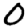
Digit: 0